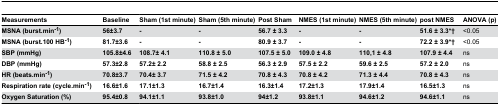
| Measurements | Baseline | Sham (1st minute) | Sham (5th minute) | Post Sham | NMES (1st minute) | NMES (5th minute) | post NMES | ANOVA (p) |
 | --- | --- | --- | --- | --- | --- | --- | --- | --- |
 | MSNA (burst.min-1) | 56±3.7 | - | - | 56.7 ± 3.3 | - | - | 51.6 ± 3.3*† | <0.05 |
 | MSNA (burst.100 HB-1) | 81.7±3.6 | - | - | 80.9 ± 3.7 | - | - | 72.2 ± 3.9*† | <0.05 |
 | SBP (mmHg) | 105.8±4.6 | 108.7± 4.1 | 110.8 ± 5.0 | 107.5 ± 5.0 | 109.0 ± 4.8 | 110,1 ± 4.8 | 107.9 ± 4.4 | ns |
 | DBP (mmHg) | 57.3±2.8 | 57.2± 2.2 | 58.8 ± 2.5 | 56.3 ± 2.9 | 57.5 ± 2.2 | 59.6 ± 2.5 | 57.2 ± 2.0 | ns |
 | HR (beats.min-1) | 70.8±3.7 | 70.4± 3.7 | 71.5 ± 4.2 | 70.8 ± 4.3 | 70.8 ± 4.2 | 71.3 ± 4.4 | 70.8 ± 4.3 | ns |
 | Respiration rate (cycle.min-1) | 16.6±1.6 | 17.1±1.3 | 16.7±1.4 | 16.3±1.4 | 17.2±1.3 | 17.9±1.4 | 16.5±1.3 | ns |
 | Oxygen Saturation (%) | 95.4±0.8 | 94.1±1.1 | 93.8±1.0 | 94±1.2 | 93.8±1.1 | 94.6±1.2 | 94.6±1.1 | ns |